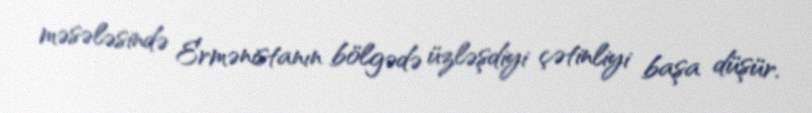
məsələsində Ermənistanın bölgədə üzləşdiyi çətinliyi başa düşür.